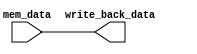
module WB_Stage(
    input [31:0] mem_data,
    output reg [31:0] write_back_data
);
    always @(*) begin
        write_back_data = mem_data;
    end
endmodule